Annual report of the Bengal Veterinary College, and of the Civil Veterinary Department, Bengal, for the year 1901-1902 - 1901-1902
Year: 1901
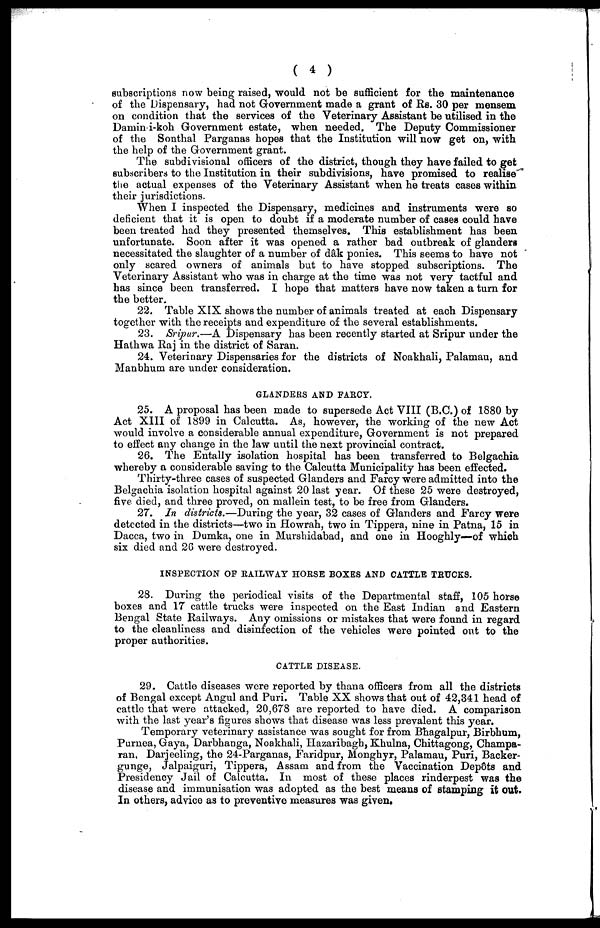
( 4 )
subscriptions now being raised, would not be sufficient for the maintenance
of the Dispensary, had not Government made a grant of Rs. 30 per mensem
on condition that the services of the Veterinary Assistant be utilised in the
Damin i-koh Government estate, when needed. The Deputy Commissioner
of the Sonthal Parganas hopes that the Institution will now get on, with
the help of the Government grant.
The subdivisional officers of the district, though they have failed to get
subscribers to the Institution in their subdivisions, have promised to realise
the actual expenses of the Veterinary Assistant when he treats cases within
their jurisdictions.
When I inspected the Dispensary, medicines and instruments were so
deficient that it is open to doubt if a moderate number of cases could have
been treated had they presented themselves. This establishment has been
unfortunate. Soon after it was opened a rather bad outbreak of glanders
necessitated the slaughter of a number of dâk ponies. This seems to have not
only scared owners of animals but to have stopped subscriptions. The
Veterinary Assistant who was in charge at the time was not very tactful and
has since been transferred. I hope that matters have now taken a turn for
the better.
22. Table XIX shows the number of animals treated at each Dispensary
together with the receipts and expenditure of the several establishments.
23. Sripur.—A Dispensary has been recently started at Sripur under the
Hathwa Raj in the district of Saran.
24. Veterinary Dispensaries for the districts of Noakhali, Palamau, and
Manbhum are under consideration.
GLANDERS AND FARCY.
25. A proposal has been made to supersede Act VIII (B.C.) of 1880 by
Act XIII of 1899 in Calcutta. As, however, the working of the new Act
would involve a considerable annual expenditure, Government is not prepared
to effect any change in the law until the next provincial contract.
26. The Entally isolation hospital has been transferred to Belgachia
whereby a considerable saving to the Calcutta Municipality has been effected.
Thirty-three cases of suspected Glanders and Farcy were admitted into the
Belgachia isolation hospital against 20 last year. Of these 25 were destroyed,
five died, and three proved, on mallein test, to be free from Glanders.
27. In districts.—During the year, 32 cases of Glanders and Farcy were
detected in the districts—two in Howrah, two in Tippera, nine in Patna, 15 in
Dacca, two in Dumka, one in Murshidabad, and one in Hooghly—of which
six died and 26 were destroyed.
INSPECTION OP RAILWAY HORSE BOXES AND CATTLE TRUCKS.
28. During the periodical visits of the Departmental staff, 105 horse
boxes and 17 cattle trucks were inspected on the East Indian and Eastern
Bengal State Railways. Any omissions or mistakes that were found in regard
to the cleanliness and disinfection of the vehicles were pointed out to the
proper authorities.
CATTLE DISEASE.
29. Cattle diseases were reported by thana officers from all the districts
of Bengal except Angul and Puri. Table XX shows that out of 42,341 head of
cattle that were attacked, 20,678 are reported to have died. A comparison
with the last year's figures shows that disease was less prevalent this year.
Temporary veterinary assistance was sought for from Bhagalpur, Birbhum,
Purnea, Gaya, Darbhanga, Noakhali, Hazaribagh, Khulna, Chittagong, Champa-
ran, Darjeeling, the 24-Parganas, Faridpur, Monghyr, Palamau, Puri, Backer-
gunge, Jalpaiguri, Tippera, Assam and from the Vaccination Dep6ts and
Presidency Jail of Calcutta. In most of these places rinderpest was the
disease and immunisation was adopted as the best means of stamping it out.
In others, advice as to preventive measures was given.